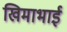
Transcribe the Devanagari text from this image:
खिमाभाई